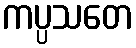
ကပ္ပသတေ